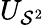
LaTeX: U_{\mathcal{S}^{2}}